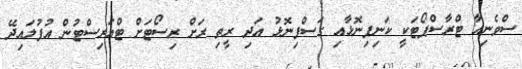
ސްވެނިއާ ޓްރާސްޕޯޓަކީ ކަނިފިނޮޅާއި ގަސްފިނޮޅު އަދި ރީތި ރަށް ރިސޯޓަށް ޓްއަރިސްޓުން އުފުލައިދޭ